Scientific memoirs by medical officers of the Army of India - Part IX,
Year: 1895
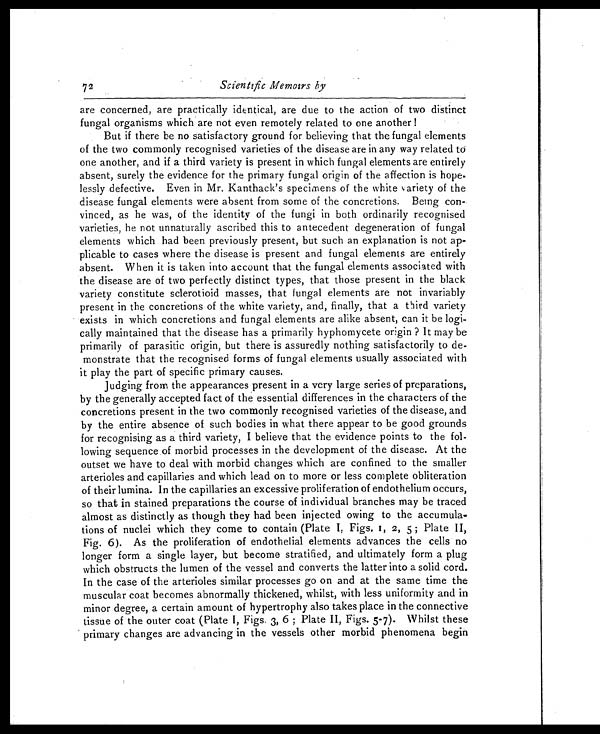
72 Scientific Memoirs by
are concerned, are practically identical, are due to the action of two distinct
fungal organisms which are not even remotely related to one another !
But if there be no satisfactory ground for believing that the fungal elements
of the two commonly recognised varieties of the disease are in any way related to
one another, and if a third variety is present in which fungal elements are entirely
absent, surely the evidence for the primary fungal origin of the affection is hope-
lessly defective. Even in Mr. Kanthack's specimens of the white variety of the
disease fungal elements were absent from some of the concretions. Being con-
vinced, as he was, of the identity of the fungi in both ordinarily recognised
varieties, he not unnaturally ascribed this to antecedent degeneration of fungal
elements which had been previously present, but such an explanation is not ap-
plicable to cases where the disease is present and fungal elements are entirely
absent. When it is taken into account that the fungal elements associated with
the disease are of two perfectly distinct types, that those present in the black
variety constitute sclerotioid masses, that fungal elements are not invariably
present in the concretions of the white variety, and, finally, that a third variety
exists in which concretions and fungal elements are alike absent, can it be logi-
cally maintained that the disease has a primarily hyphomycete origin ? It may be
primarily of parasitic origin, but there is assuredly nothing satisfactorily to de-
monstrate that the recognised forms of fungal elements usually associated with
it play the part of specific primary causes.
Judging from the appearances present in a very large series of preparations,
by the generally accepted fact of the essential differences in the characters of the
concretions present in the two commonly recognised varieties of the disease, and
by the entire absence of such bodies in what there appear to be good grounds
for recognising as a third variety, I believe that the evidence points to the fol-
lowing sequence of morbid processes in the development of the disease. At the
outset we have to deal with morbid changes which are confined to the smaller
arterioles and capillaries and which lead on to more or less complete obliteration
of their lumina. In the capillaries an excessive proliferation of endothelium occurs,
so that in stained preparations the course of individual branches may be traced
almost as distinctly as though they had been injected owing to the accumula-
tions of nuclei which they come to contain (Plate I, Figs. 1, 2, 5 ; Plate II,
Fig. 6). As the proliferation of endothelial elements advances the cells no
longer form a single layer, but become stratified, and ultimately form a plug
which obstructs the lumen of the vessel and converts the latter into a solid cord.
In the case of the arterioles similar processes go on and at the same time the
muscular coat becomes abnormally thickened, whilst, with less uniformity and in
minor degree, a certain amount of hypertrophy also takes place in the connective
tissue of the outer coat (Plate I, Figs. 3, 6 ; Plate II, Figs. 5-7). Whilst these
primary changes are advancing in the vessels other morbid phenomena begin